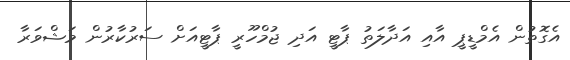
އެގޮތުން އެމްޑީޕީ އާއި އަދާލަތު ޕާޓީ އަދި ޖުމްހޫރީ ޕާޓީއަށް ސަރުކާރުން މަޝްވަރާ